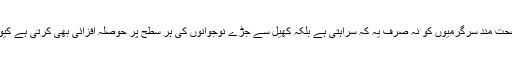
فاروق ستار کا کہنا تھا کہ ایم کیو ایم ایسی صحت مند سرگرمیوں کو نہ صرف یہ کہ سراہتی ہے بلکہ کھیل سے جُڑے نوجوانوں کی ہر سطح پر حوصلہ افزائی بھی کرتی ہے کیوں کہ باصلاحیت نوجوان پاکستان کا اثاثہ ہیں۔